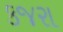
કજરા